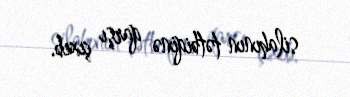
silahının tətbiqinə qarşı çıxıb.